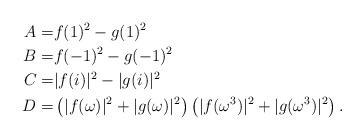
LaTeX: \begin{align*}A=& f(1)^2- g(1)^2\\B=& f(-1)^2-g(-1)^2\\C=& |f(i)|^2-|g(i)|^2 \\D=& \left(|f(\omega)|^2+|g(\omega)|^2\right)\left(|f(\omega^3)|^2+|g(\omega^3)|^2\right).\end{align*}